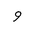
Letter: _waw